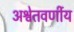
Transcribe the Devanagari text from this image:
अश्वेतवर्णीय